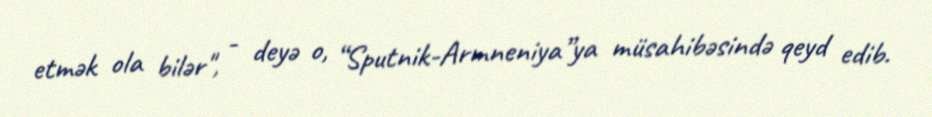
etmək ola bilər", - deyə o, “Sputnik-Armneniya”ya müsahibəsində qeyd edib.